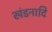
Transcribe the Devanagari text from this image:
खंडनादि